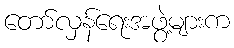
တော်လှန်ရေးအဖွဲ့များက